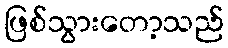
ဖြစ်သွားတော့သည်